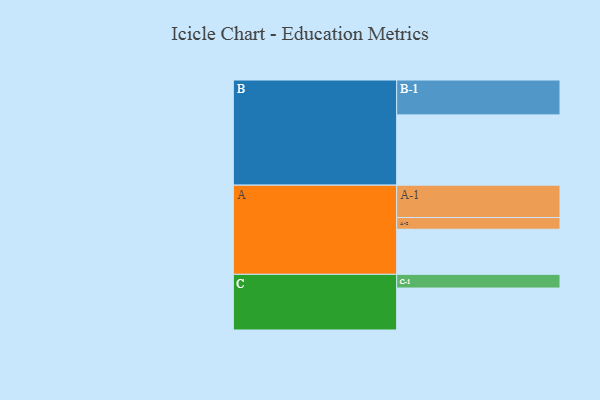
{"axis": {"x": "Segment", "y": "Value"}, "legend": ["", "A", "B", "C"], "data": [{"x": "A", "y": 358, "type": ""}, {"x": "B", "y": 558, "type": ""}, {"x": "C", "y": 333, "type": ""}, {"x": "A-1", "y": 257, "type": "A"}, {"x": "A-2", "y": 93, "type": "A"}, {"x": "B-1", "y": 277, "type": "B"}, {"x": "C-1", "y": 109, "type": "C"}]}